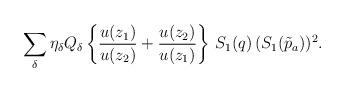
LaTeX: \begin{align*}\sum_\delta \eta_\delta Q_\delta\left\{ {u(z_1) \over u(z_2)} +{u(z_2)\over u(z_1)} \right\} \, S_1(q) \, (S_1(\tilde p_a))^2 .\end{align*}